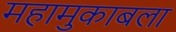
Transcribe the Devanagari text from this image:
महामुकाबला